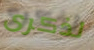
لذكرى